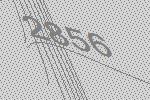
2856